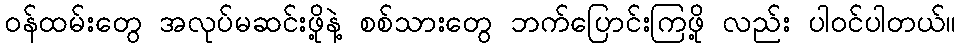
ဝန်ထမ်းတွေ အလုပ်မဆင်းဖို့နဲ့ စစ်သားတွေ ဘက်ပြောင်းကြဖို့ လည်း ပါဝင်ပါတယ်။